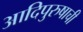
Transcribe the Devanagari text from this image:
आदिपुरुषाची